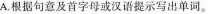
A.根据句意及首字母或汉语提示写出单词.